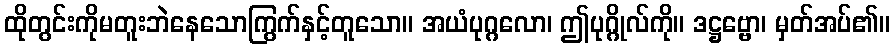
ထိုတွင်းကိုမတူးဘဲနေသောကြွက်နှင့်တူသော။ အယံပုဂ္ဂလော၊ ဤပုဂ္ဂိုလ်ကို။ ဒဋ္ဌဗ္ဗော၊ မှတ်အပ်၏။